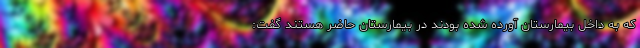
که به داخل بیمارستان آورده شده بودند در بیمارستان حاضر هستند گفت: